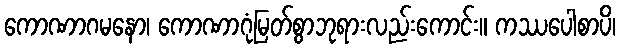
ကောဏာဂမနော၊ ကောဏာဂုံမြတ်စွာဘုရားလည်းကောင်း။ ကဿပေါစာပိ၊